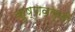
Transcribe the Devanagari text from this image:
कृष्णवल्ली